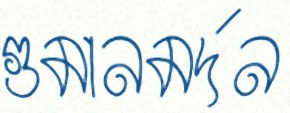
গুমানমর্দন